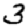
Digit: 3